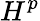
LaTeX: H^{p}